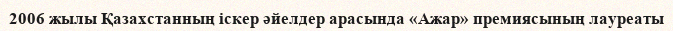
2006 жылы Қазахстанның іскер әйелдер арасында «Ажар» премиясының лауреаты